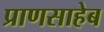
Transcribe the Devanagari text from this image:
प्राणसाहेब